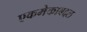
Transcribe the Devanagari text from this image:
एकमेकाबद्दल